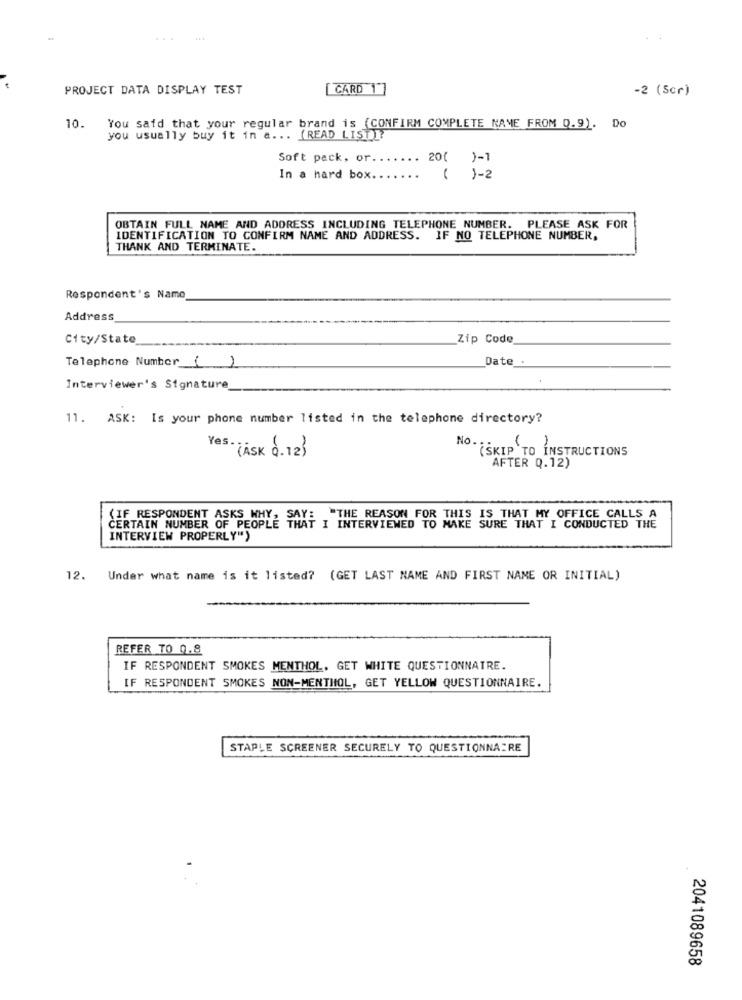
...
PROJECT DATA DISPLAY TEST
[ CARD 1"]
-2 (Scr)
10. You said that your regular brand is (CONFIRM COMPLETE NAME FROM Q.9). Do
you usually buy it in a ... (READ LIST]?
Soft pack, or.
.... 20( )-1
In a hard box.
( 1-2
OBTAIN FULL NAME AND ADDRESS INCLUDING TELEPHONE NUMBER. PLEASE ASK FOR
IDENTIFICATION TO CONFIRM NAME AND ADDRESS. IF NO TELEPHONE NUMBER,
THANK AND TERMINATE.
Respondent's Name
Address
City/State
Zip Code
Date .
Telephone Number ( )
Interviewer's Signature
11. ASK: Is your phone number listed in the telephone directory?
No .::
Yes - TÁSK 0. 12}
(SKIP TO INSTRUCTIONS
AFTER Q.12)
(IF RESPONDENT ASKS WHY, SAY: "THE REASON FOR THIS IS THAT MY OFFICE CALLS A
CERTAIN NUMBER OF PEOPLE THAT I INTERVIEWED TO MAKE SURE THAT I CONDUCTED THE
INTERVIEW PROPERLY")
12. Under what name is it listed? (GET LAST NAME AND FIRST NAME OR INITIAL)
REFER TO 0.8
IF RESPONDENT SMOKES MENTHOL. GET WHITE QUESTIONNAIRE.
IF RESPONDENT SMOKES NON-MENTHOL, GET YELLOW QUESTIONNAIRE.
STAPLE SCREENER SECURELY TO QUESTIONNAIRE
2041089658